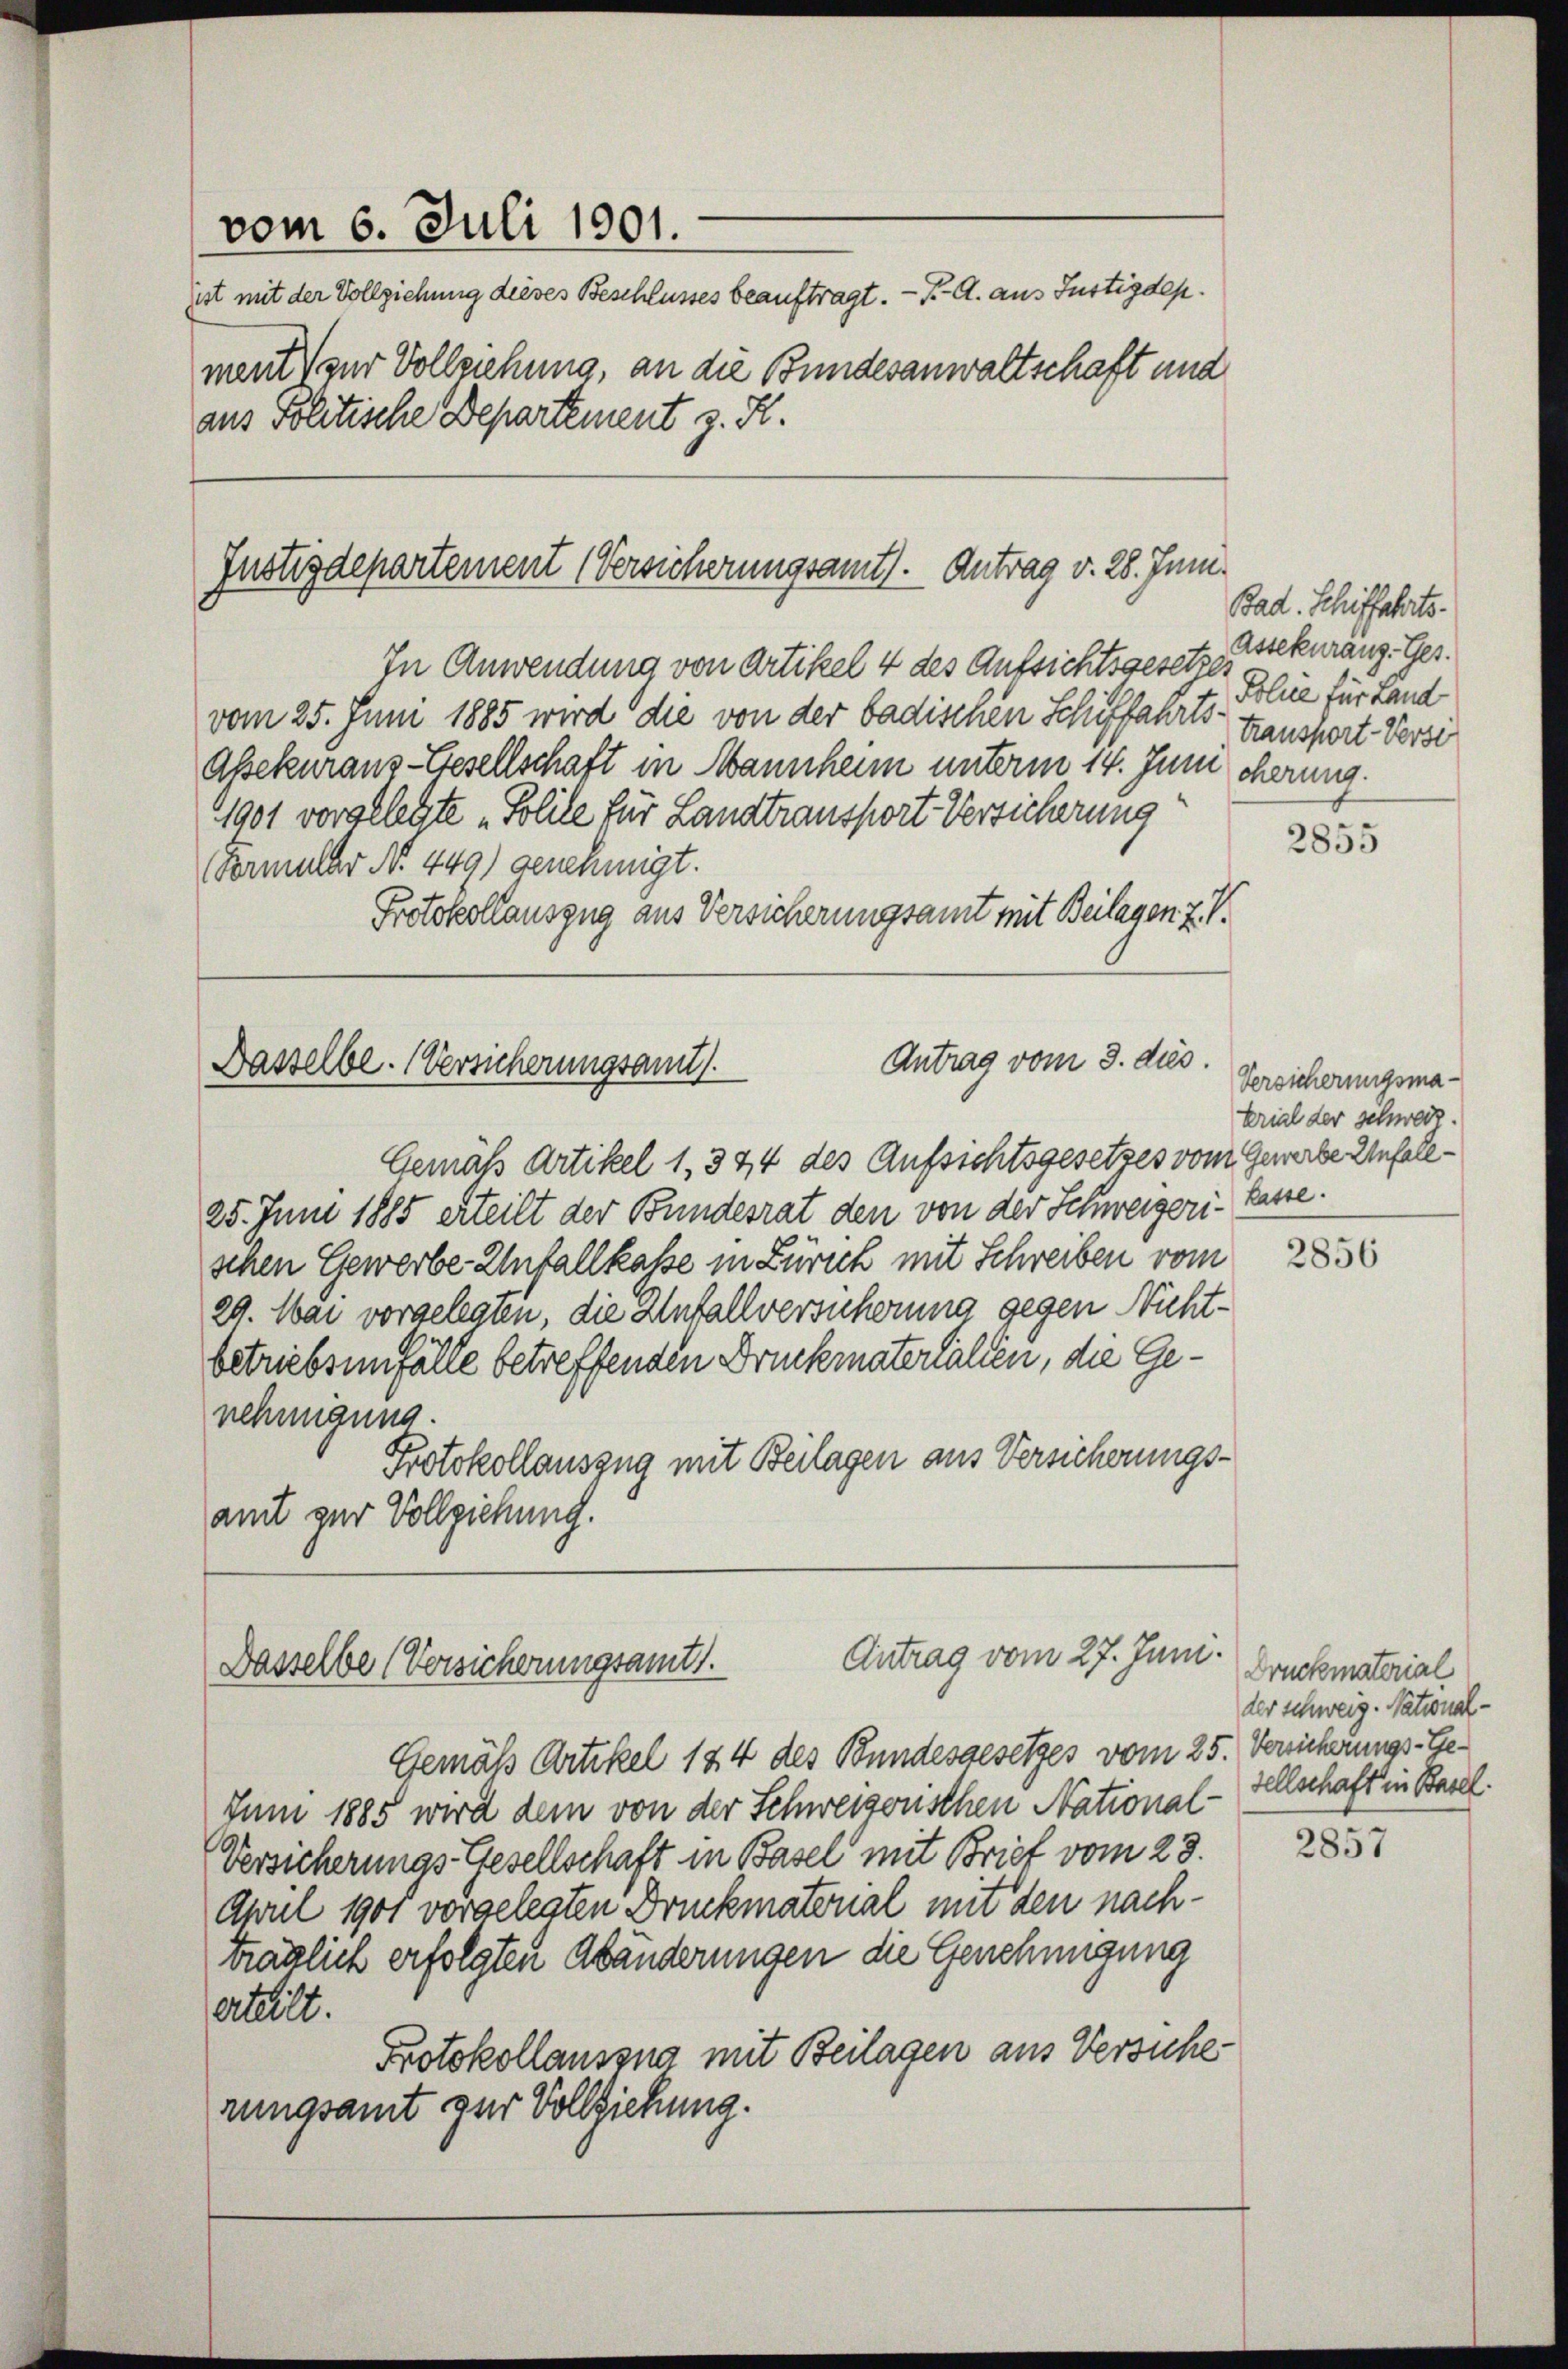
vom 6. Juli 1901.
ist mit der Vollziehung dieses Beschlusses beauftragt. — P. A. aus Justizdep

ment zur Vollziehung, an die Bundesanwaltschaft und
aus Politische Departement z. H.

Justizdepartement (Versicherungsamt. Antrag v. 28. Juni.

Antrag vom 3. dies
Nasselbe. (Versicherungsamt.

Antrag vom 27. Juni.
Dasselbe (Vorsicherungsamt.

In Anwendung von Artikel 4 des Aufsichtsgesetzes
vom 25. Juni 1885 wird die von der badischen Schiffahrts-
Assekuranz-Gesellschaft in Mannheim unterm 14. Juni cherung.
1901 vorgelegte „Solile für Landtransport Versicherung
Formular No. 449) genehmigt.
Protokollauszug aus Versicherungsamt mit Beilagen 2. V.

Gemäß Artikel 1, 344 des Aufsichtsgesetzes vom Gewerbe Unfall¬
25. Juni 1885 erteilt der Bundesrat den von der Schweizeri-Kasse.
schen Gewerbe Unfallkasse in Zürich mit Schreiben vom
29. Mai vorgelegen, die Anfallversucherung gegen Nichtbetriebsinfälle betreffenden Druckmaterhalten, die Genehmigung.
Protokollauszug mit Beilagen aus Versicherungsamt zur Vollziehung.
Gemäß Artikel 184 des Bundesgesetzes vom 25. Venicherungs-Ge¬
Juni 1885 wird dem von der Schweizerischen National-Tellschaft in Basel.
Versicherungs-Gesellschaft in Basel mit Brief vom 23.
April 1901 vorgelegten Druckmatorial mit den nachträglich erfolgten Abänderungen die Genehmigung
erteilt.
Protokollaussna mit Beilagen aus Versuche
rungsamt zur Vollziehung.

Bad. Schiffahrts.
Assekuranz. Ges.
Polue für Land
transport-Versi

2855

Versicherungsma-
trial der schweiz.

2856

Druckmaterial
der schweig. National¬

2857